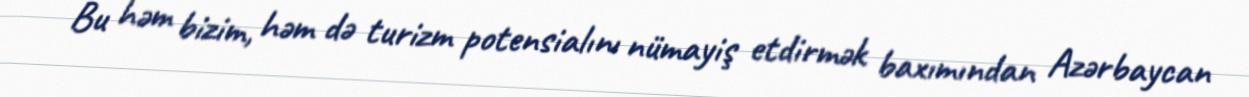
Bu həm bizim, həm də turizm potensialını nümayiş etdirmək baxımından Azərbaycan